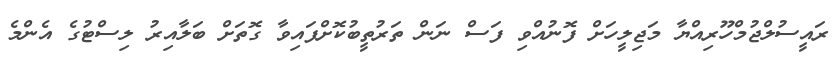
ރައީސުލްޖުމްހޫރިއްޔާ މަޖިލީހަށް ފޮނުއްވި ފަސް ނަން ތަރުތީބުކޮށްފައިވާ ގޮތަށް ބަލާއިރު ލިސްޓުގެ އެންމެ